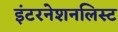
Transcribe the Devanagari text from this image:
इंटरनेशनलिस्ट